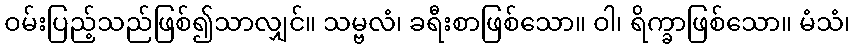
ဝမ်းပြည့်သည်ဖြစ်၍သာလျှင်။ သမ္ဗလံ၊ ခရီးစာဖြစ်သော။ ဝါ၊ ရိက္ခာဖြစ်သော။ မံသံ၊